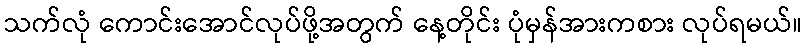
သက်လုံ ကောင်းအောင်လုပ်ဖို့အတွက် နေ့တိုင်း ပုံမှန်အားကစား လုပ်ရမယ်။